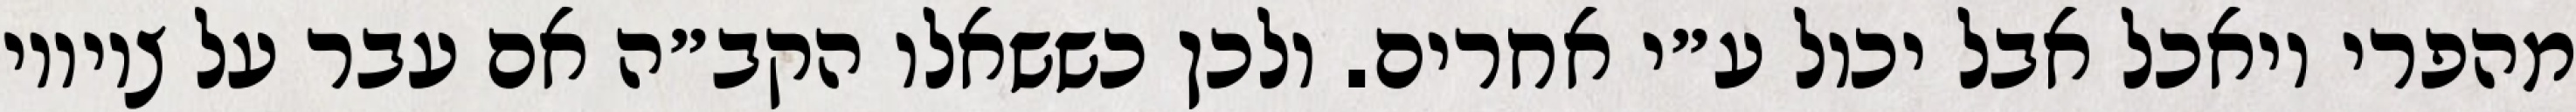
מהפרי ויאכל אבל יכול ע״י אחרים. ולכן כששאלו הקב״ה אם עבר על ציוויו